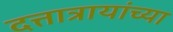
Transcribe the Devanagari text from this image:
दत्तात्रायांच्या